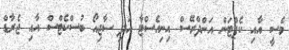
މެސީ އާއި ކެޕްޓަން އަންދްރޭސް އިނިއެސްޓާ އަދި ސާޖިއޯ ބުސްކެޓްސް އާއި ޖެރާޑް